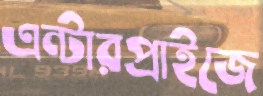
এন্টারপ্রাইজে